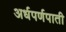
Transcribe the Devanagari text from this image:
अर्धपर्णपाती